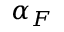
\alpha _ { F }